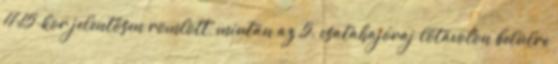
17:15-kor jelentősen romlott, miután az 5. csatahajóraj lőtávolon belülre